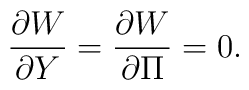
\frac{\partial W}{\partial Y}= \frac{\partial W}{\partial \Pi}= 0.